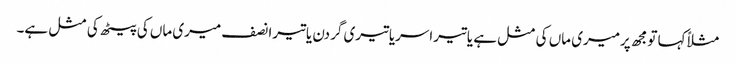
مثلاًکہا تومجھ پرمیری ماں کی مثل ہے یاتیراسریاتیری گردن یاتیرانصف میری ماں کی پیٹھ کی مثل ہے۔